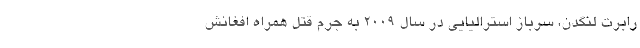
رابرت لنگدن، سرباز استرالیایی در سال ۲۰۰۹ به جرم قتل همراه افغانش